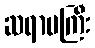
ဆရာမကြီး